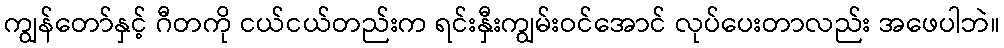
ကျွန်တော်နှင့် ဂီတကို ငယ်ငယ်တည်းက ရင်းနှီးကျွမ်းဝင်အောင် လုပ်ပေးတာလည်း အဖေပါဘဲ။